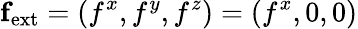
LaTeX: {\mathbf{f}}_{\mathrm{{ext}}}=(f^{x},f^{y},f^{z})=(f^{x},0,0)